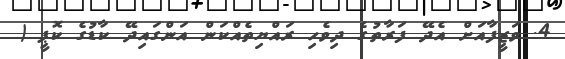
4. ވަޒީފާއަށް އެދޭ ފަރާތުގެ ދިވެހި ރައްޔިތެއްކަން އަންގައިދޭ ކާޑުގެ ކޮޕީ (